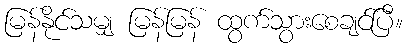
မြန်နိုင်သမျှ မြန်မြန် ထွက်သွားစေချင်ပြီ။